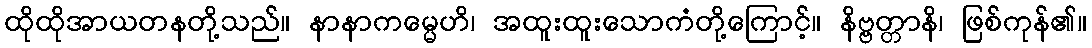
ထိုထိုအာယတနတို့သည်။ နာနာကမ္မေဟိ၊ အထူးထူးသောကံတို့ကြောင့်။ နိဗ္ဗတ္တာနိ၊ ဖြစ်ကုန်၏။